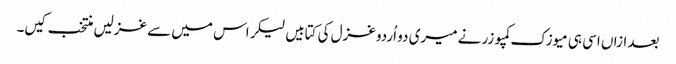
بعد ازاں اسی ہی میوزک کمپوزر نے میری دو اُردو غزل کی کتابیں لیکر اس میں سے غزلیں منتخب کیں۔